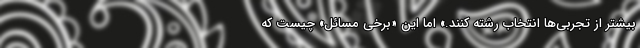
بیشتر از تجربی‌ها انتخاب رشته کنند.» اما این «برخی مسائل» چیست که